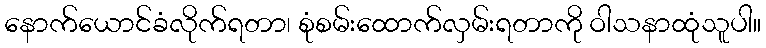
နောက်ယောင်ခံလိုက်ရတာ၊ စုံစမ်းထောက်လှမ်းရတာကို ဝါသနာထုံသူပါ။